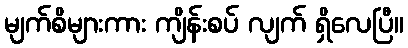
မျက်စိများကား ကျိန်းစပ် လျက် ရှိလေပြီ။